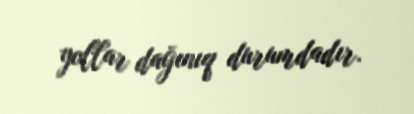
yollar dağınıq durumdadır.